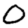
Digit: 0